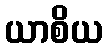
ယာစိယ